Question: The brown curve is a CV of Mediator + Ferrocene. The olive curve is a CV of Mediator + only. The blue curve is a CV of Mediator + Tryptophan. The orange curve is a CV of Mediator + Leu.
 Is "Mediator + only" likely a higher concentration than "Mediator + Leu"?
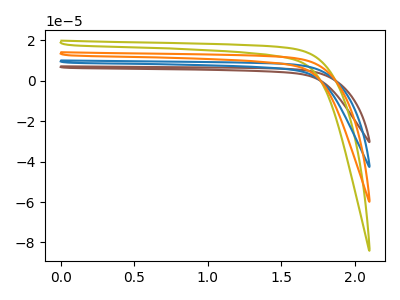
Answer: <think>The brown curve "Mediator + Ferrocene" has no peaks. The olive curve "Mediator + only" has no peaks. The blue curve "Mediator + Tryptophan" has no peaks. The orange curve "Mediator + Leu" has no peaks.
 Neither "Mediator + only" or "Mediator + Leu" have any peaks.</think>
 <answer>I cant tell if "Mediator + only" or "Mediator + Leu" has more signal.</answer>
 <eval>mixed_signal</eval>